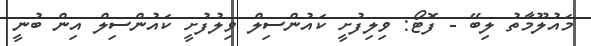
މައުލޫމާތު ލިބޭ - ފޮޓޯ: ވިލިފުށީ ކައުންސިލް ވިލުފުށީ ކައުންސިލް އިން ބުނީ